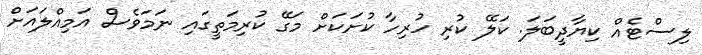
ލިސްޓެއް ކިޔާދީބަލަ. ކަލޭ ކުރި ހުރިހާ ކުށަކަށް މަގޭ ކުރިމަތީގައި ނަމަވެސް އަމިއްލައަށް